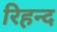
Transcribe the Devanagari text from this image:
रिहन्‍द